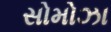
સોમોઝા